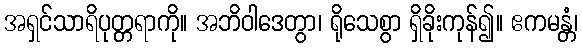
အရှင်သာရိပုတ္တရာကို။ အဘိဝါဒေတွာ၊ ရိုသေစွာ ရှိခိုးကုန်၍။ ဧကမန္တံ၊